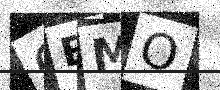
Text: GEMO